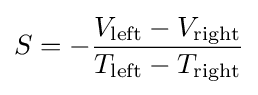
S=-{\frac {V_{\rm {left}}-V_{\rm {right}}}{T_{\rm {left}}-T_{\rm {right}}}}